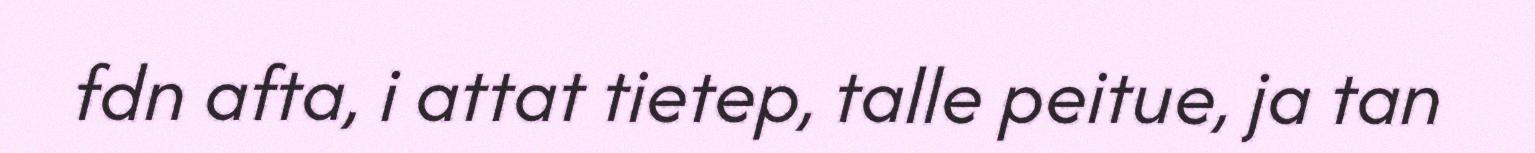
fdn afta, i attat tietep, talle peitue, ja tan